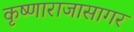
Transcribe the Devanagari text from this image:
कृष्णाराजासागर